Report of the Bombay Plague Committee
Disease focus: Plague
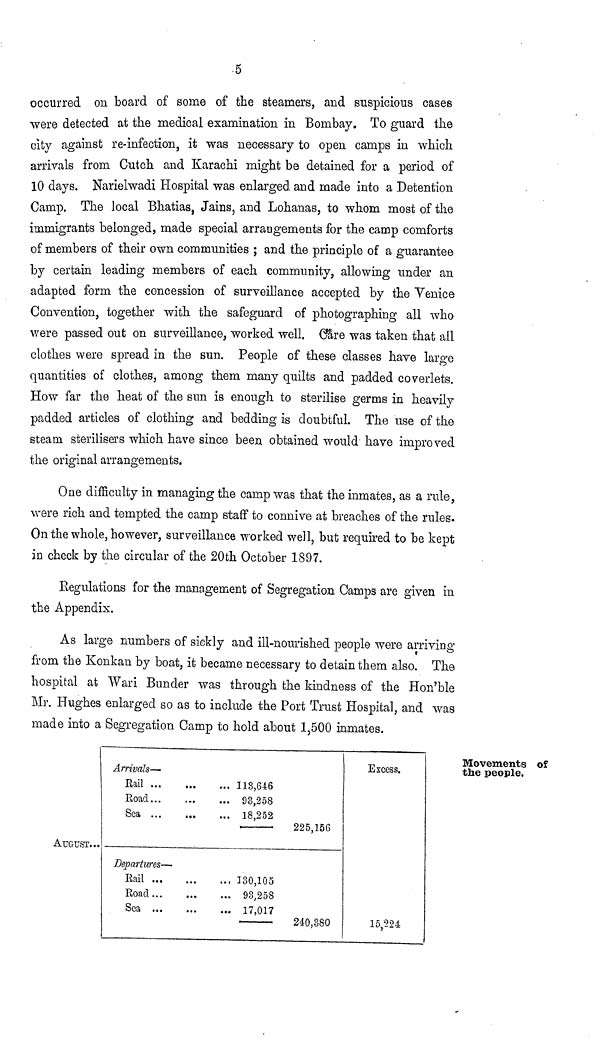
5
occurred on board of some of the steamers, and suspicious cases
were detected at the medical examination in Bombay. To guard the
city against re-infection, it was necessary to open camps in which
arrivals from Cutch and Karachi might be detained for a period of
10 days. Narielwadi Hospital was enlarged, and made into a Detention
Camp. The local Bhatias, Jains, and Lohanas, to whom most of the
immigrants belonged, made special arrangements for the camp comforts
of members of their own communities ; and the principle of a guarantee
by certain leading members of each community, allowing under an
adapted form the concession of surveillance accepted by the Venice
Convention, together with the safeguard of photographing all who
were passed out on surveillance, worked well. Care was taken that all
clothes were spread in the sun. People of these classes have large
quantities of clothes, among them many quilts and padded coverlets.
How far the heat of the sun is enough to sterilise germs in heavily
padded articles of clothing and bedding is doubtful. The use of the
steam sterilisers which have since been obtained would have improved
the original arrangements.
One difficulty in managing the camp was that the inmates, as a rule,
were rich and tempted the camp staff to connive at breaches of the rules.
On the whole, however, surveillance worked well, but required to be kept
in check by the circular of the 20th October 1897.
Regulations for the management of Segregation Camps are given in
the Appendix.
As large numbers of sickly and ill-nourished people were arriving
from the Konkan by boat, it became necessary to detain them also. The
hospital at Wari Bunder was through the kindness of the Hon'ble
Mr. Hughes enlarged so as to include the Port Trust Hospital, and was
made into a Segregation Camp to hold about 1,500 inmates.
Movements of
the people.
AUGUST...
Arrivals—
Kail
Road
Sea
Departures—
Kail
Road ...
Sea
... 113,646
... 98,258
... 18,252
... 130,105
... 98,258
... 17,017
225,156
240,380
Excess.
15,224